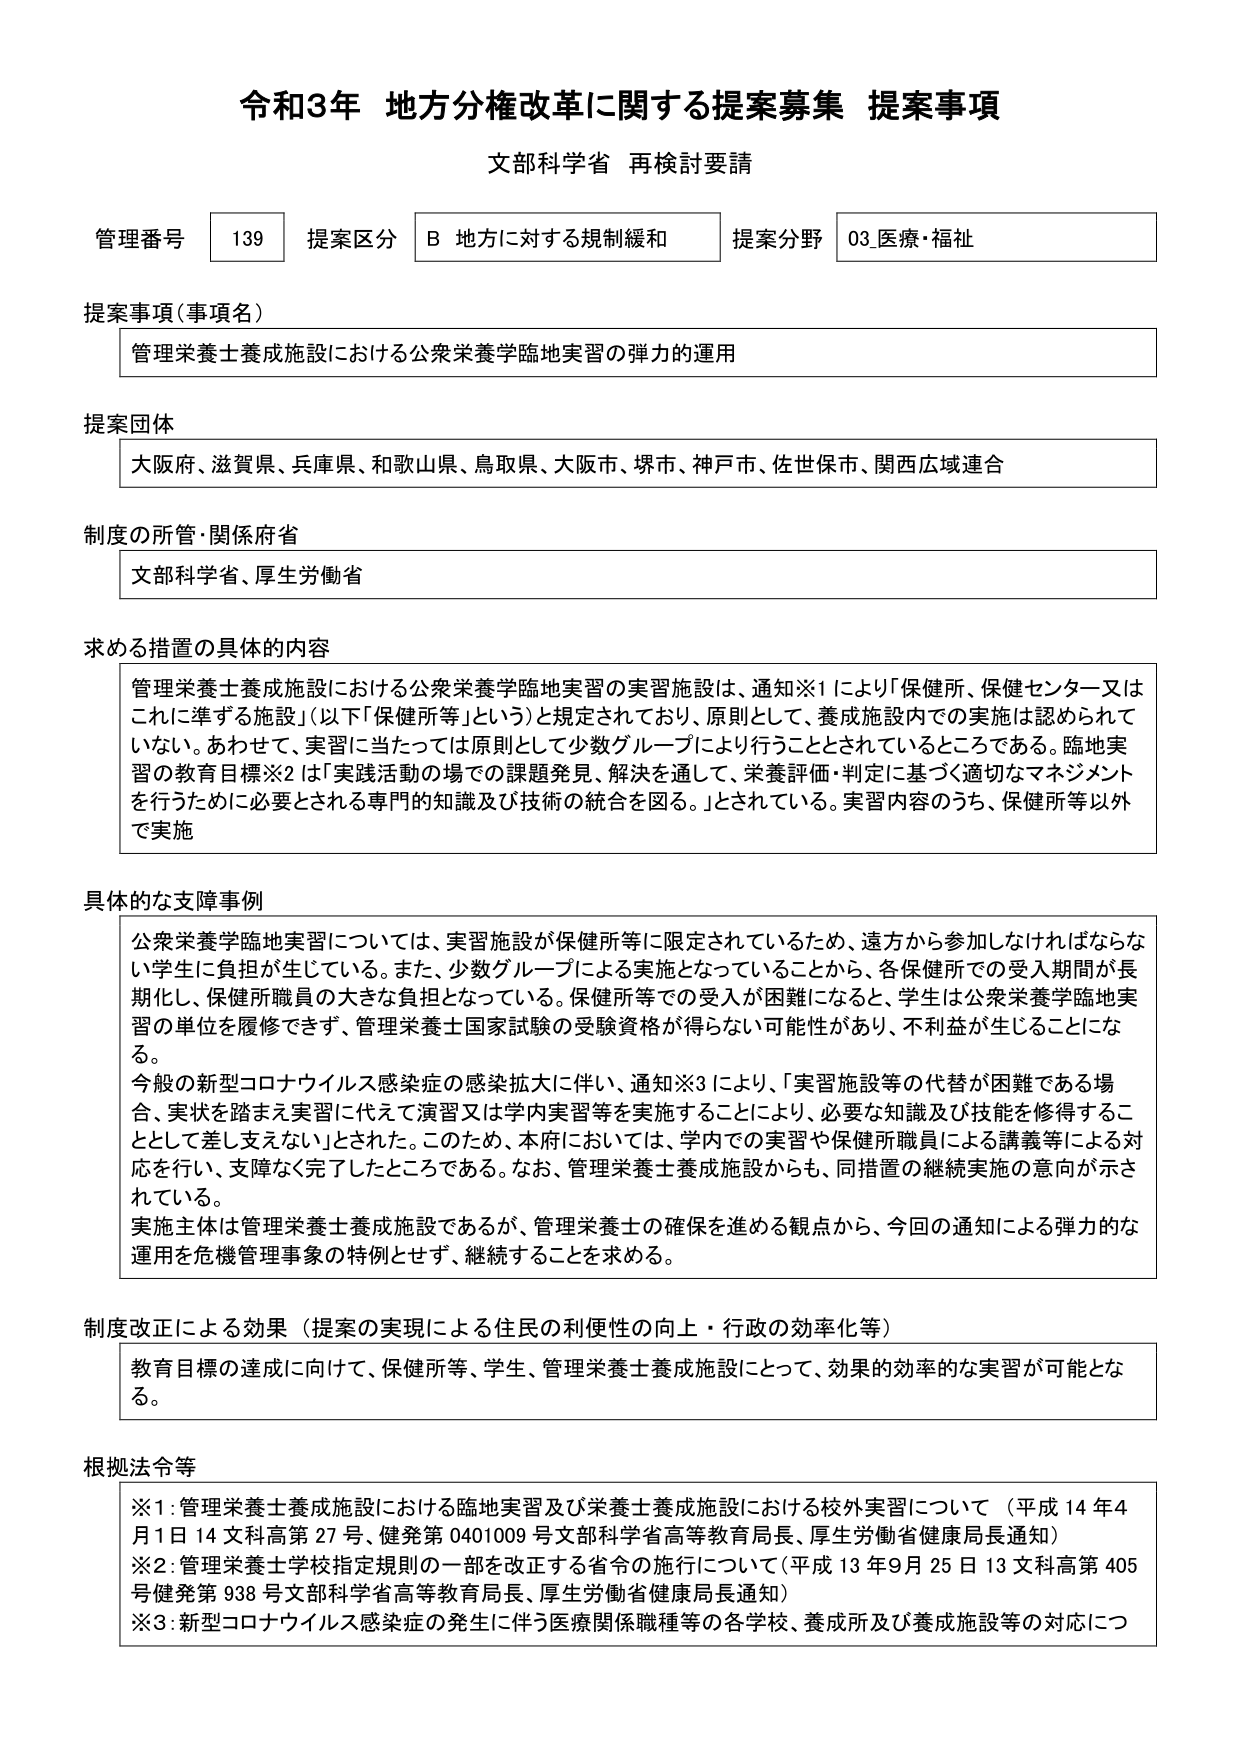
令和3年 地方分権改革に関する提案募集 提案事項
文部科学省 再検討要請

管理番号 139 提案区分 B 地方に対する規制緩和 提案分野 03.医療・福祉

提案事項（事項名）
管理栄養士養成施設における公衆栄養学臨地実習の弾力的運用

提案団体
大阪府、滋賀県、兵庫県、和歌山県、鳥取県、大阪市、堺市、神戸市、佐世保市、関西広域連合

制度の所管・関係府省
文部科学省、厚生労働省

求める措置の具体的内容
管理栄養士養成施設における公衆栄養学臨地実習の実習施設は、通知※1により「保健所、保健センター又はこれに準ずる施設」（以下「保健所等」という）と規定されており、原則として、養成施設内での実施は認められていない。あわせて、実習に当たっては原則として少数グループにより行うこととされているところである。臨地実習の教育目標※2は「実践活動の場での課題発見、解決を通して、栄養評価・判定に基づく適切なマネジメントを行うために必要とされる専門的知識及び技術の統合を図る。」とされている。実習内容のうち、保健所等以外で実施

具体的な支障事例
公衆栄養学臨地実習については、実習施設が保健所等に限定されているため、遠方から参加しなければならない学生に負担が生じている。また、少数グループによる実施となっていることから、各保健所での受入期間が長期化し、保健所職員の大きな負担となっている。保健所等での受入が困難になると、学生は公衆栄養学臨地実習の単位を履修できず、管理栄養士国家試験の受験資格が得られない可能性があり、不利益が生じることになる。
今般の新型コロナウイルス感染症の感染拡大に伴い、通知※3により、「実習施設等の代替が困難である場合、実状を踏まえ実習に代えて演習又は学内実習等を実施することにより、必要な知識及び技能を修得することとして差し支えない」とされた。このため、本府においては、学内での実習や保健所職員による講義等による対応を行い、支障なく完了したところである。なお、管理栄養士養成施設からも、同措置の継続実施の意向が示されている。
実施主体は管理栄養士養成施設であるが、管理栄養士の確保を進める観点から、今回の通知による弾力的な運用を危機管理事象の特例とせず、継続することを求める。

制度改正による効果（提案の実現による住民の利便性の向上・行政の効率化等）
教育目標の達成に向けて、保健所等、学生、管理栄養士養成施設にとって、効果的効率的な実習が可能となる。

根拠法令等
※1：管理栄養士養成施設における臨地実習及び栄養士養成施設における校外実習について（平成14年4月1日 14文科高第27号、健発第0401009号 文部科学省高等教育局長、厚生労働省健康局長通知）
※2：管理栄養士学校指定規則の一部を改正する省令の施行について（平成13年9月25日 13文科高第405号 健発第938号 文部科学省高等教育局長、厚生労働省健康局長通知）
※3：新型コロナウイルス感染症の発生に伴う医療関係職種等の各学校、養成所及び養成施設等の対応につ